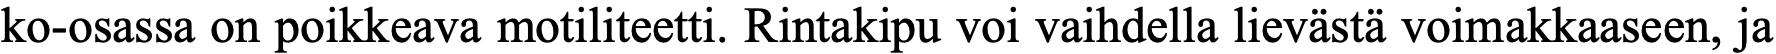
ko-osassa on poikkeava motiliteetti. Rintakipu voi vaihdella lievästä voimakkaaseen, ja